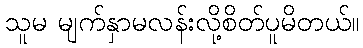
သူမ မျက်နှာမလန်းလို့စိတ်ပူမိတယ်။